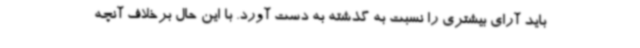
باید آرای بیشتری را نسبت به گذشته به دست آورد. با این حال برخلاف آنچه